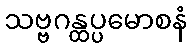
သဗ္ဗဂန္ထပ္ပမောစနံ